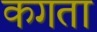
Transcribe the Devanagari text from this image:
कगता